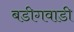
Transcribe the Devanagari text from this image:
बडीगवाडी